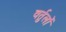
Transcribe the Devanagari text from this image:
वर्तुलों